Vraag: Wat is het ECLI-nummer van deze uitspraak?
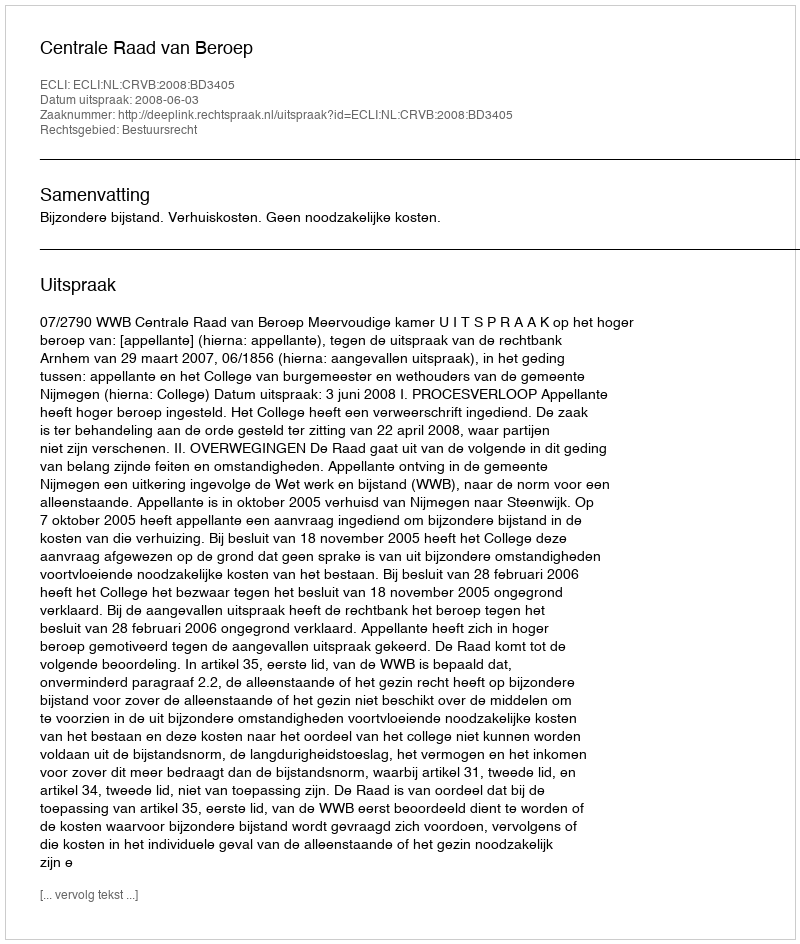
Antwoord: ECLI:NL:CRVB:2008:BD3405